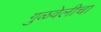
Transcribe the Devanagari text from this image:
गुळवेलीचा